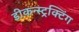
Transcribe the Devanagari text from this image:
डीकन्स्ट्रक्टिंग